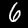
Label: 6